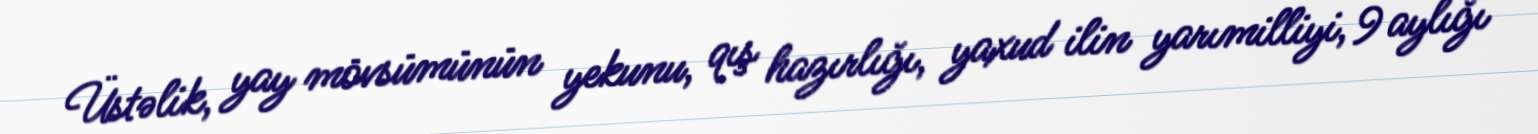
Üstəlik, yay mövsümünün yekunu, qış hazırlığı, yaxud ilin yarımilliyi, 9 aylığı